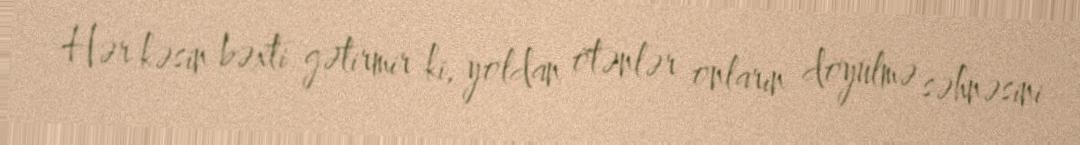
Hər kəsin bəxti gətirmir ki, yoldan ötənlər onların döyülmə səhnəsini